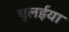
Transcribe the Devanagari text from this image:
चूलईया